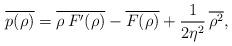
LaTeX: \begin{align*}\overline{p(\rho)} = \overline{\rho\, F'(\rho)} - \overline{F(\rho)} + \frac{1}{2\eta^2} \, \overline{\rho^2},\end{align*}